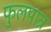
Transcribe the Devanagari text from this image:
फुलपात्र